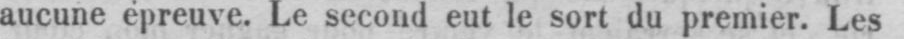
aucune épreuve. Le second eut le sort du premier. Les